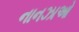
નાનઝાઓ